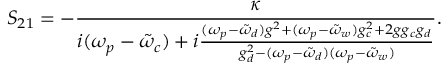
S _ { 2 1 } = - \frac { \kappa } { i ( \omega _ { p } - \tilde { \omega } _ { c } ) + i \frac { ( \omega _ { p } - \tilde { \omega } _ { d } ) g ^ { 2 } + ( \omega _ { p } - \tilde { \omega } _ { w } ) g _ { c } ^ { 2 } + 2 g g _ { c } g _ { d } } { g _ { d } ^ { 2 } - ( \omega _ { p } - \tilde { \omega } _ { d } ) ( \omega _ { p } - \tilde { \omega } _ { w } ) } } .